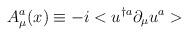
LaTeX: \begin{align*}A_{\mu}^{a}(x)\equiv-i<u^{\dagger a}\partial_{\mu}u^{a}>\end{align*}